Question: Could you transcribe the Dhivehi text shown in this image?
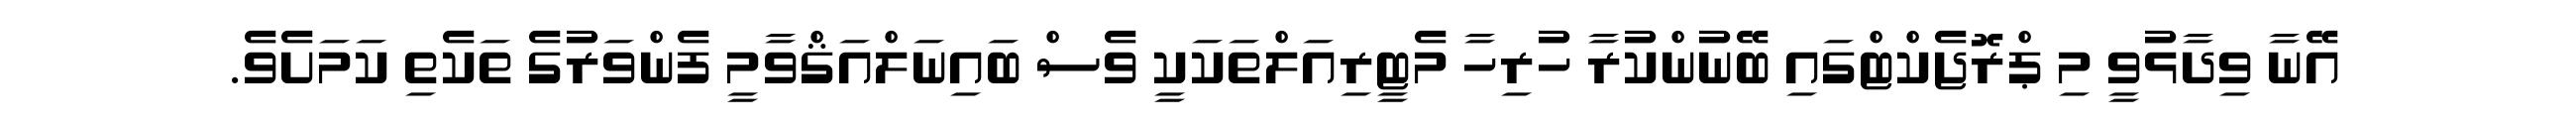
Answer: އޭނާ ވިދާޅުވީ މި ޕްރޮޖެކްޓްގައި ބޭނުންކުރާ ހުރިހާ މެޓީރިއަލްތަކަކީ ވެސް ބައިނަލްއަޤްވާމީ ފެންވަރުގެ ތަކެތި ކަމަށެވެ.